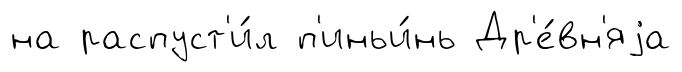
на распуст'и́л п'иньи́нь Др'е́вн'яjа